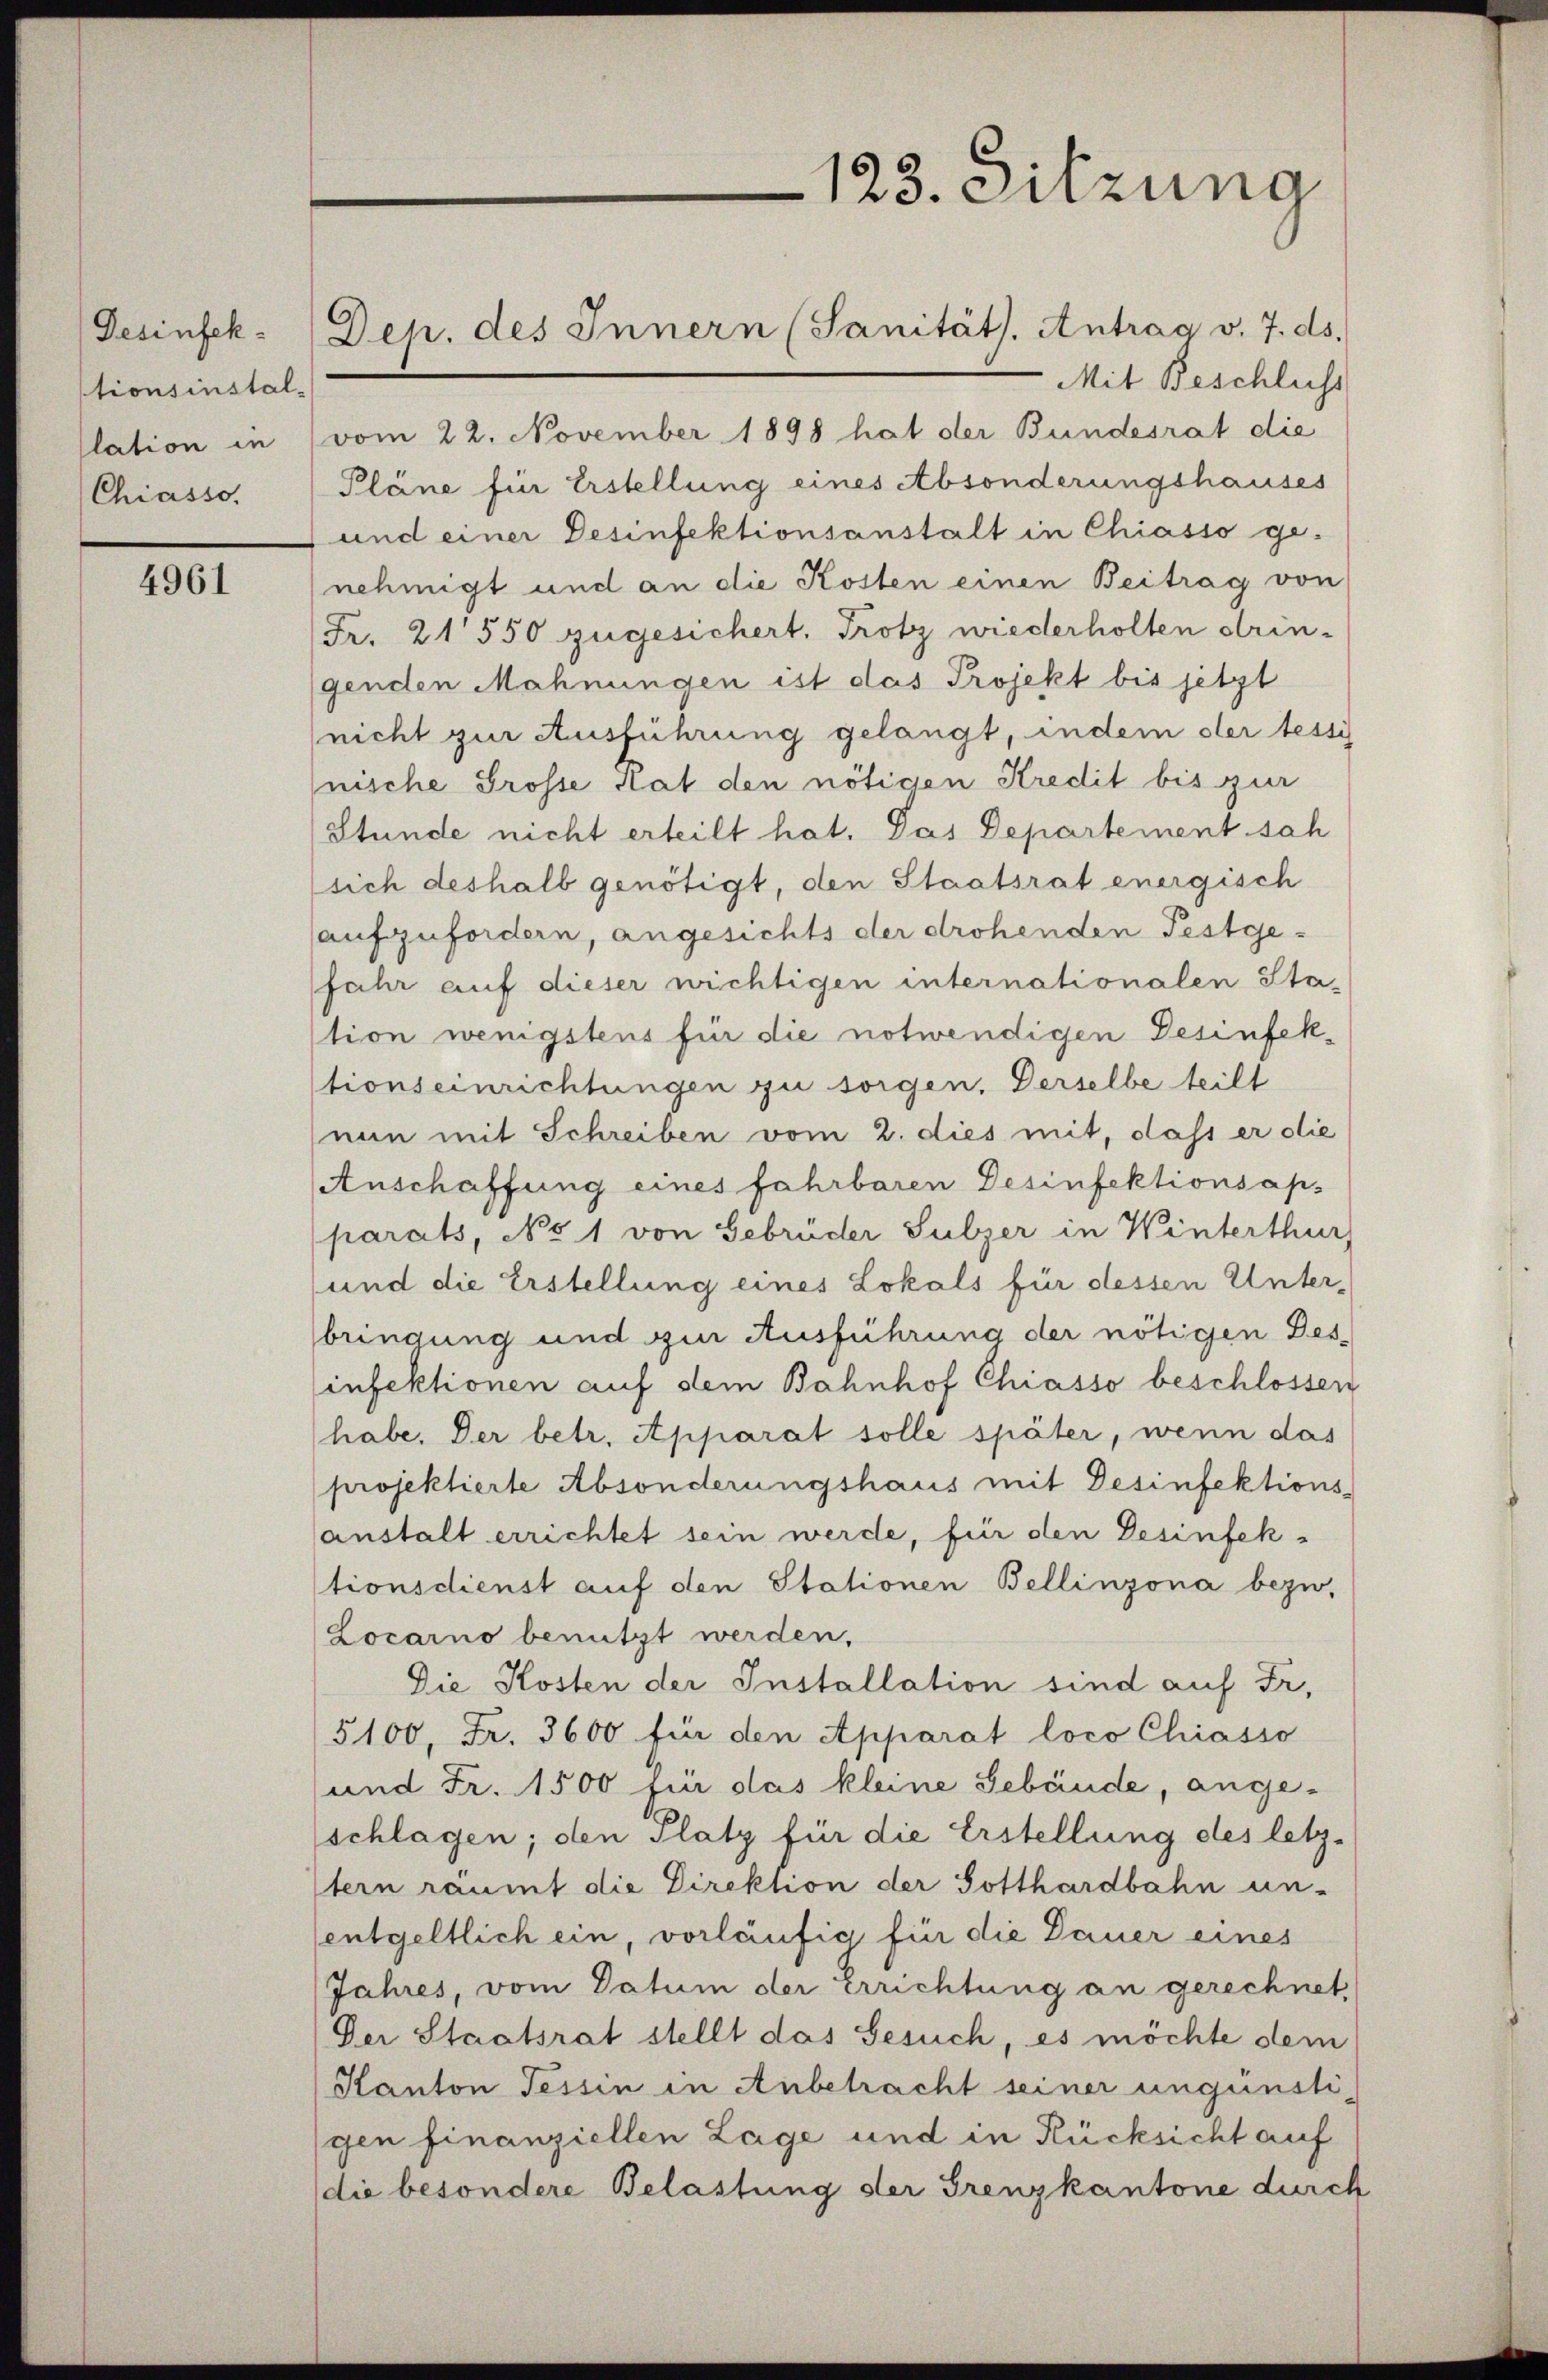
Desinfektionsinstal-
lation in
Chiasso,

4961

Dep. des Innern (Sanität. Antrag v. 7. ds.

Mit Beschluss
vom 22. November 1898 hat der Bundesrat die
Pläne für Erstellung eines Absonderungshauses
und einer Desinfektionsanstalt in Chiasso ge-
nehmigt und an die Kosten einen Beitrag von
Fr. 21550 zugesichert, Trotz wiederholten dringenden Mahnungen ist das Projekt bis jetzt
nicht zur Ausführung gelangt, indem der tessi
nische Grosse Hat den nötigen Kredit bis zur
Stunde nicht erteilt hat. Das Departement sah
sich deshalb genötigt, den Staatsrat energisch
aufzufordern, angesichts der drohenden Festge¬
Jahr auf dieser wichtigen internationalen Sta-
tion wenigstens für die notwendigen Desinfektionseinrichtungen zu sorgen, Derselbe teilt
nun mit Schreiben vom 2. dies mit, dass er die
Anschaffung eines fahrbaren Desinfektionsaps
parats, No 1 von Gebrüder Sulzer in Winterthur
und die Erstellung eines Lokals für dessen Unter-
bringung und zur Ausführung der nötigen Des-
infektionen auf dem Bahnhof Chiasso beschlossen
habe. Der betr. Apparat solle später, wenn das
projektierte Absonderungshaus mit Desinfektions-
anstalt errichtet sein werde, für den Desinfektionsdienst auf den Stationen Bellinzona bezw.
Locarno benutzt werden.
Die Kosten der Installation sind auf Fr.
5100. Fr. 3600 für den Apparat loco Chiasso
und Fr. 1500 für das kleine Gebäude, angeschlagen; den Platz für die Erstellung des letztern räumt die Direktion der Gotthardbahn un-
entgeltlich ein, vorläufig für die Dauer eines
Jahres, vom Datum der Errichtung an gerechnet,
Der Staatsrat stellt das Gesuch, es möchte dem
Kanton Tessin in Anbetracht seiner ungünsti
gen finanziellen Lage und in Rücksicht auf
die besondere Belastung der Grenzkantone durch

123. Sitzung